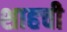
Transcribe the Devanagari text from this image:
शाहची